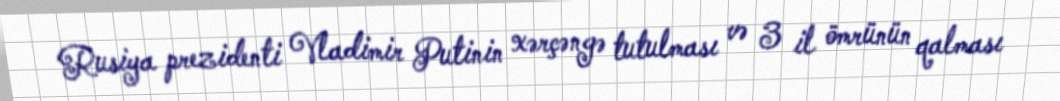
Rusiya prezidenti Vladimir Putinin xərçəngə tutulması və 3 il ömrünün qalması